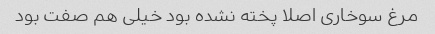
مرغ سوخاری اصلا پخته نشده بود خیلی هم صفت بود